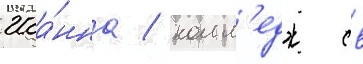
Иоа́нна / колл'едж св